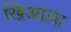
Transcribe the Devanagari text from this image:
खिआला